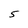
Character: 5